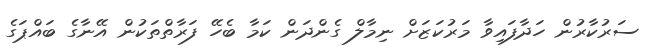
ސަރުކާރުން ހަދާފައިވާ މަރުކަޒަށް ނިމާލް ގެންދަން ކަމާ ބެހޭ ފަރާތްތަކުން އޭނާގެ ބައްޕަގެ